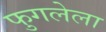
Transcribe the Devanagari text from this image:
फुगलेला